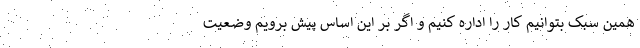
همین سبک بتوانیم کار را اداره کنیم و اگر بر این اساس پیش برویم وضعیت